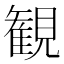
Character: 観